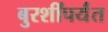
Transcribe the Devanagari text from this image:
बुरशींपर्यंत